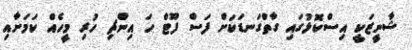
ޝާނީޒަކީ އިސްކޮޅުގައި ގާތްގަނޑަކަށް ފަސް ފޫޓް ހަ އިންޗި ހުރި މީހެއް ކަމަށާއި